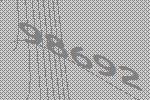
98692